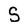
Character: S